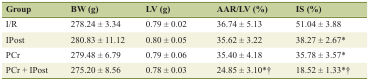
| Group | BW (g) | LV (g) | AAR/LV (%) | IS (%) |
 | --- | --- | --- | --- | --- |
 | I/R | 278.24 ± 3.34 | 0.79 ± 0.02 | 36.74 ± 5.13 | 51.04 ± 3.88 |
 | IPost | 280.83 ± 11.12 | 0.80 ± 0.05 | 35.62 ± 3.22 | 38.27 ± 2.67* |
 | PCr | 279.48 ± 6.79 | 0.79 ± 0.06 | 35.40 ± 4.18 | 35.78 ± 3.57* |
 | PCr + IPost | 275.20 ± 8.56 | 0.78 ± 0.03 | 24.85 ± 3.10*† | 18.52 ± 1.33*† |